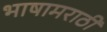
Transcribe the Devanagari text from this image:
भाषामराठी